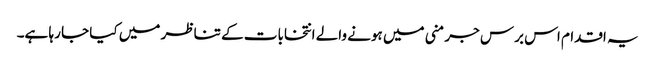
یہ اقدام اس برس جرمنی میں ہونے والے انتخابات کے تناظر میں کیا جا رہا ہے۔